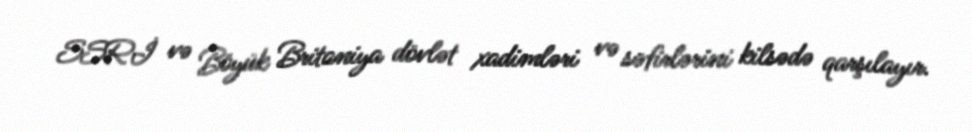
SSRİ və Böyük Britaniya dövlət xadimləri və səfirlərini kilsədə qarşılayır.